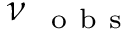
\nu _ { \mathrm { ~ { ~ o ~ b ~ s ~ } ~ } }